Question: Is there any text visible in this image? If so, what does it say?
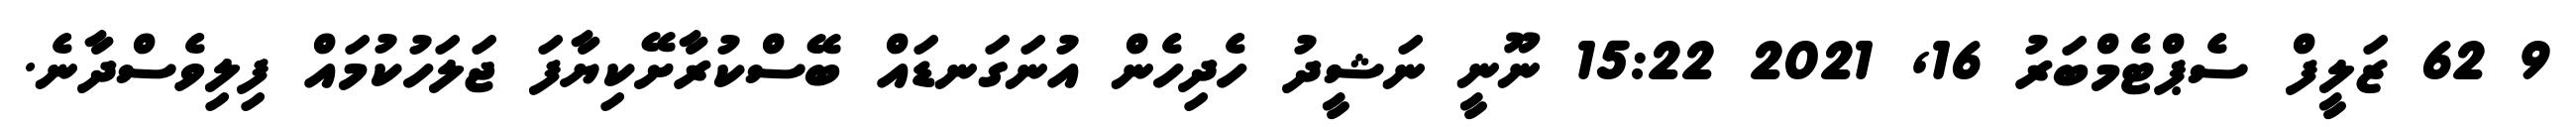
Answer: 9 62 ޒަލީފް ސެޕްޓެމްބަރު 16, 2021 15:22 ނޫނީ ނަޝީދު ހެދިހެން އުނަގަނޑައް ބޭސްކުރާށޭކިޔާފަ ޖަލަހުކުމައް ފިލިވެސްދާނެ.